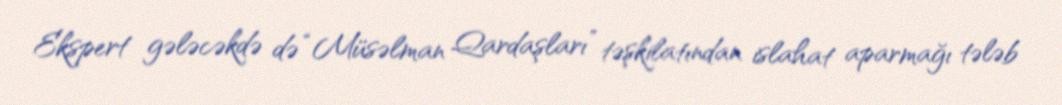
Ekspert gələcəkdə də “Müsəlman Qardaşları” təşkilatından islahat aparmağı tələb